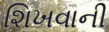
શિખવાની